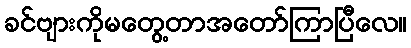
ခင်ဗျားကိုမတွေ့တာအတော်ကြာပြီလေ။